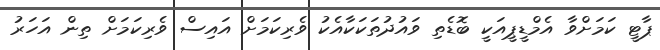
ޕާޓީ ކަމަށްވާ އެމްޑީޕީއަކީ ބޮޑެތި ވައުދުތަކަކާއެކު ވެރިކަމަށް އައިސް ވެރިކަމަށް ތިން އަހަރު